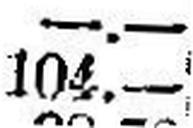
104.—